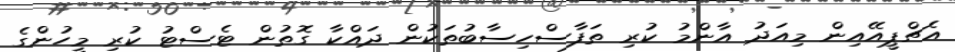
އެޗްޕީއޭއިން މިއަދު އާންމު ކުރި ތަފާސްހިސާބުތަކުން ދައްކާ ގޮތުން ޓެސްޓު ކުރި މީހުންގެ